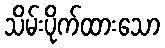
သိမ်းပိုက်ထားသော